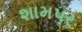
શામપર